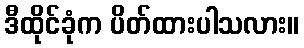
ဒီထိုင်ခုံက ပိတ်ထားပါသလား။